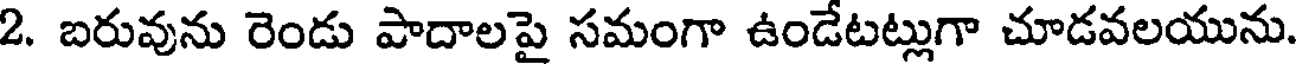
2. బరువును రెండు పాదాలపై సమంగా ఉండేటట్లుగా చూడవలయును